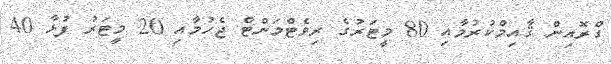
ގްރޮއިން ޤާއިމްކުރުމާއި 80 މީޓަރުގެ ރިވެޓްމަންޓް ޖެހުމާއި 20 މީޓަރު ފުޅާ 40